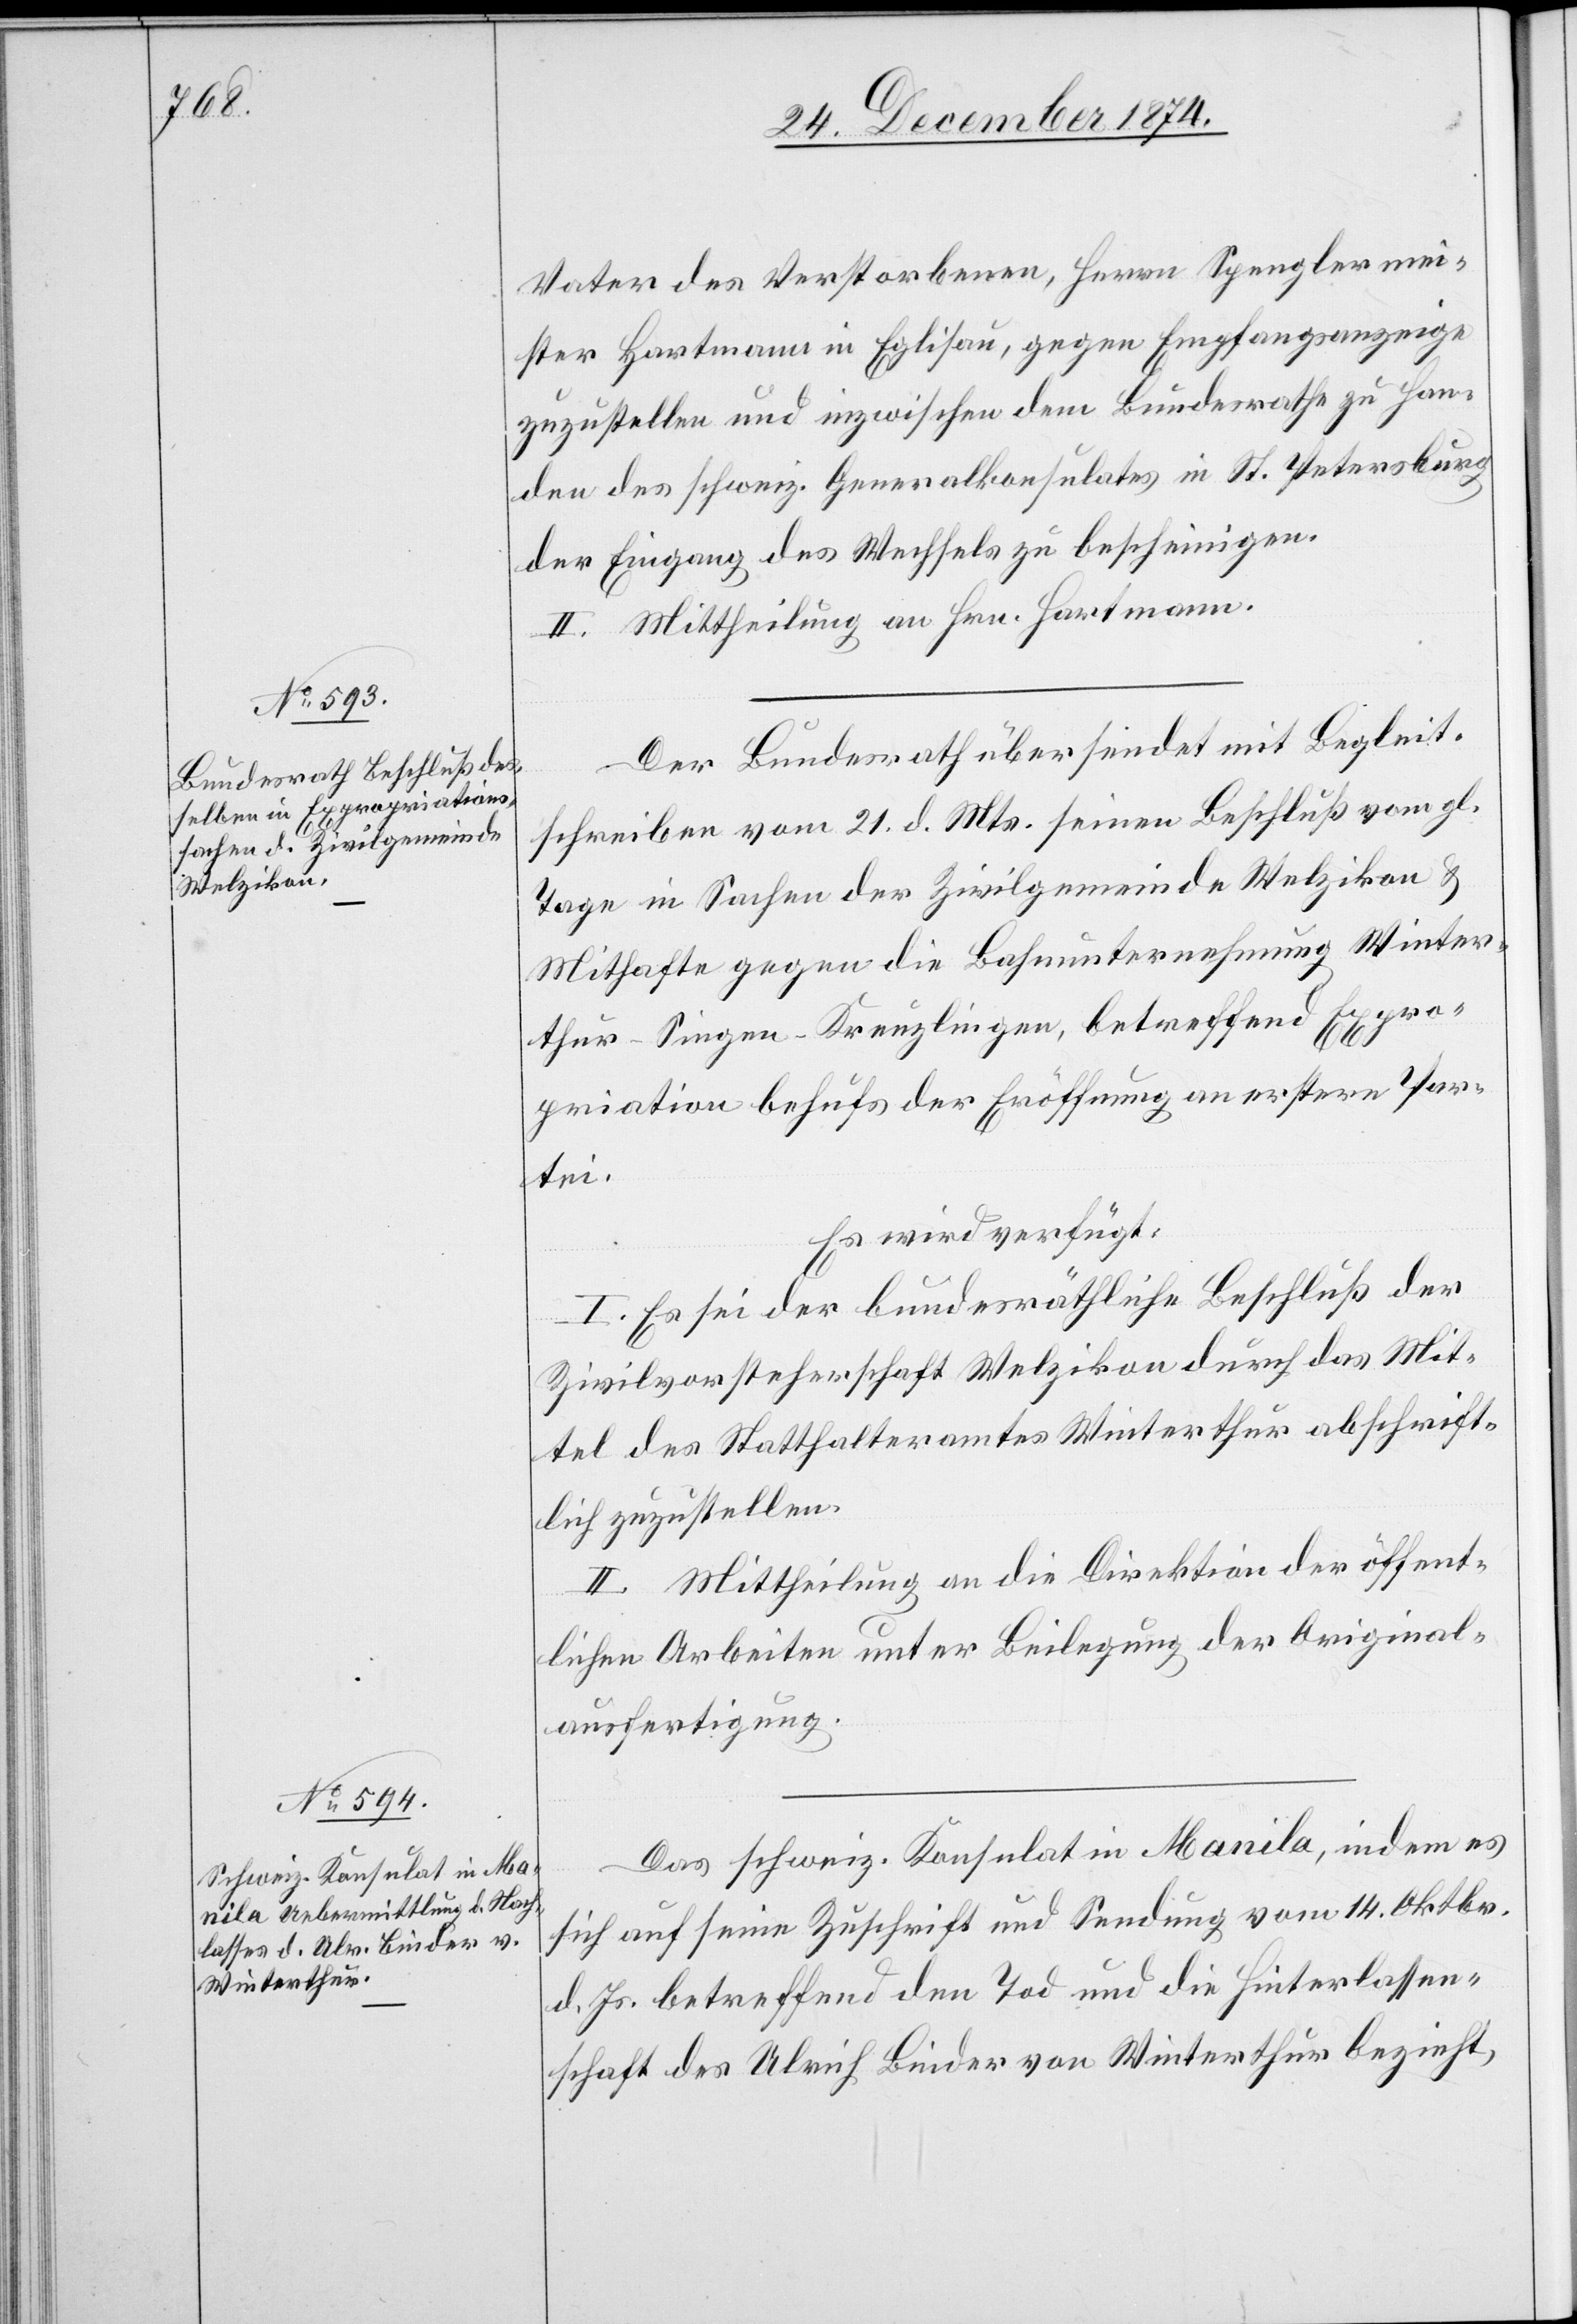
24. December 1874.]
Vater des Verstorbenen, Herrn Spenglermei¬
ster Hartmann in Eglisau, gegen Empfangsanzeige
zuzustellen und inzwischen dem Bundesrathe zu Han¬
den des schweiz. Generalkonsulates in St. Petersburg
der Eingang des Wechsels zu bescheinigen.
II. Mittheilung an Hrn. Hartmann.
Der Bundesrath übersendet mit Begleit¬
schreiben vom 21. d. Mts. seinen Beschluß vom gl.
Tage in Sachen der Zivilgemeinde Welzikon &
Mithafte gegen die Bahnunternehmung Winter¬
thur–Singen–Kreuzlingen, betreffend Expro¬
priation behufs der Eröffnung an erstere Par¬
tei.
Es wird verfügt:
I. Es sei der bundesräthliche Beschluß der
Zivilvorsteherschaft Welzikon durch das Mit¬
tel des Statthalteramtes Winterthur abschrift¬
lich zuzustellen.
II. Mittheilung an die Direktion der öffent¬
lichen Arbeiten unter Beilegung der Original¬
ausfertigung.
Das schweiz. Konsulat in Manila, indem es
sich auf seine Zuschrift und Sendung vom 14. Oktbr.
d. Js. betreffend den Tod und die Hinterlassen¬
schaft des Ulrich Binder von Winterthur bezieht,